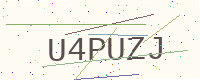
Text: U4PUZJ